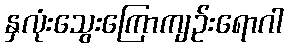
နှလုံးသွေးကြောကျဉ်းရောဂါ